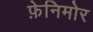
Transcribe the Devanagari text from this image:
फ़ेनिमोर